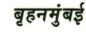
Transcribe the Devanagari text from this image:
बृहनमुंबई